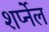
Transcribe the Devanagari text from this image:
शर्प्नेल